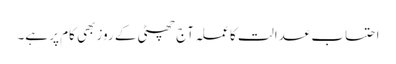
احتساب عدالت کا عملہ آج چھٹی کے روز بھی کام پر ہے۔